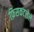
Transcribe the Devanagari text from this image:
फ़िसकटलेले